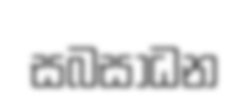
සබසාධන